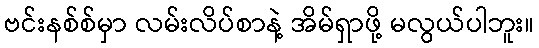
ဗင်းနစ်စ်မှာ လမ်းလိပ်စာနဲ့ အိမ်ရှာဖို့ မလွယ်ပါဘူး။